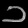
Digit: ၁